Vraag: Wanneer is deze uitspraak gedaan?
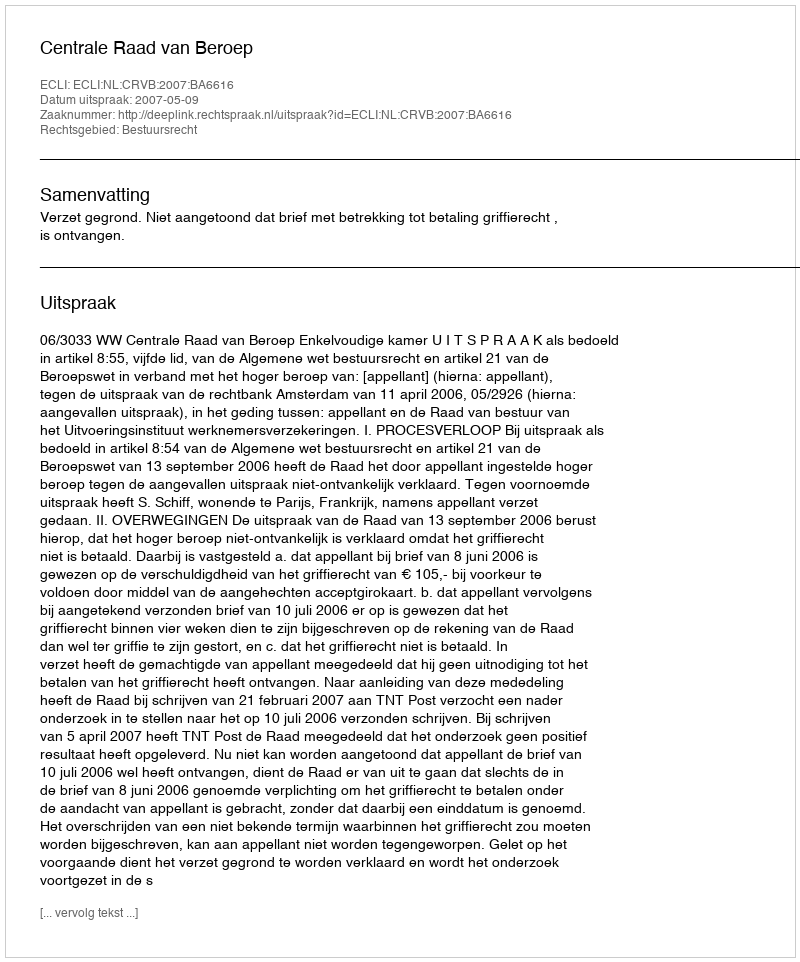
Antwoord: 2007-05-09